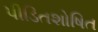
પીડિતશોષિત